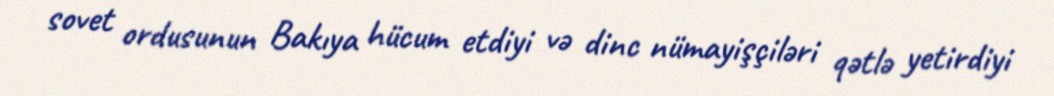
sovet ordusunun Bakıya hücum etdiyi və dinc nümayişçiləri qətlə yetirdiyi